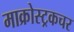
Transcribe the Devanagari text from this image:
माक्रोस्ट्रकचर